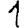
Digit: 1